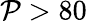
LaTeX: \mathcal{P}>80